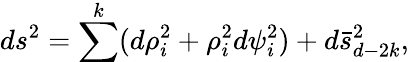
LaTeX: ds^{2}=\sum^{k}(d\rho_{i}^{2}+\rho_{i}^{2}d\psi_{i}^{2})+d\bar{s}_{d-2k}^{2},